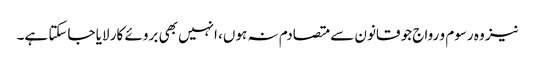
نیز وہ رسوم و رواج جو قانون سے متصادم نہ ہوں، انہیں بھی بروئے کار لایا جاسکتا ہے۔